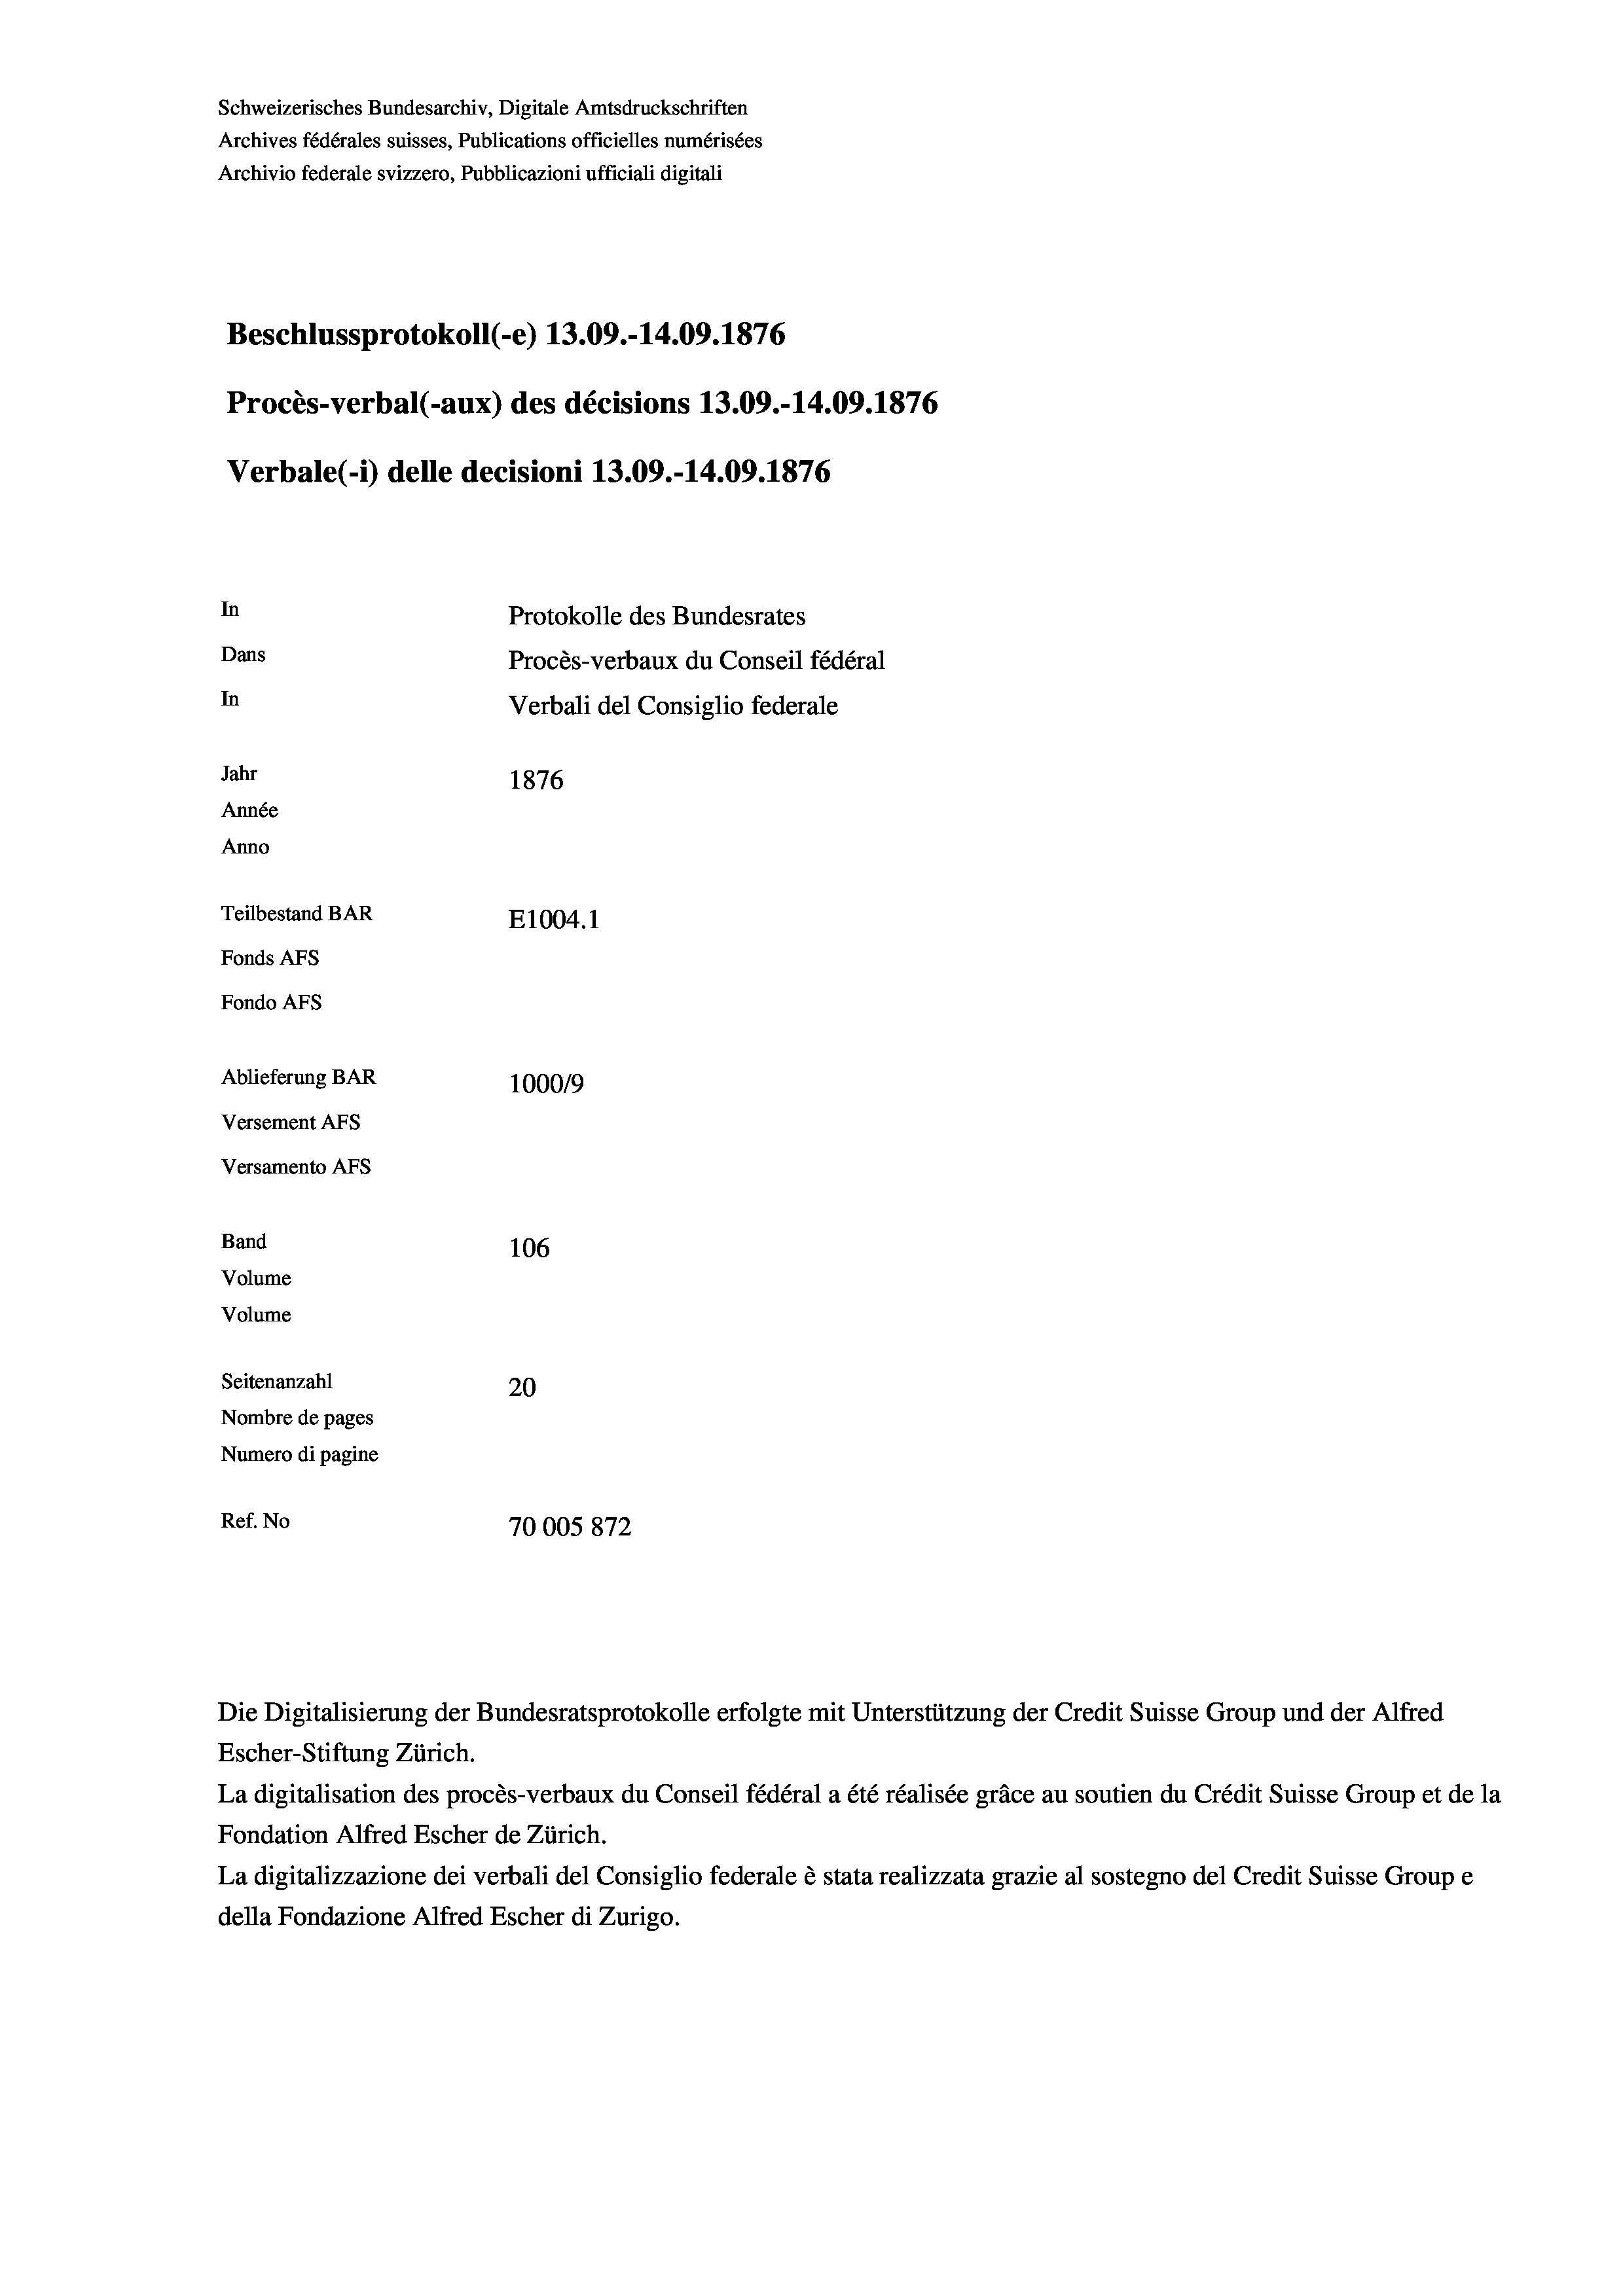
Schweizerisches Bundesarchiv, Digitale Amtsdruckschriften
Archives fédérales suisses, Publications officielles numérisées
Archivio federale svizzero, Pubblicazioni ufficiali digitali
Beschlussprotokoll (-e) 13.09.-14.09. 1876
Procès-verbal (-aux) des décisions 13.09.-14.09. 1876
Verbale (i) delle decisioni 13.09.-14.09. 1876
In
Protokolle des Bundesrates
Dans
Procès-verbaux du Conseil fédéral
In
Verbali del Consiglio federale
Jahr
1876
Année
Anno
Teilbestand BAR
E1004.1
Fonds AFs
Fondo Afs
Ablieferung BAR
100019
Versement AFs
Versamento AFs
Band
106
Volume
Volume
Seitenanzahl
20
Nombre de pages
Numero di pagine
Ref. No
70005872

Die Digitalisierung der Bundesratsprotokolle erfolgte mit Unterstützung der Credit Suisse Group und der Alfred
Escher-Stiftung Zürich.
La digitalisation des procès-verbaux du Conseil fédéral a été réalisée gräce au soutien du Crédit Suisse Group et de la
Fondation Alfred Escher de Zürich.
La digitalizzazione dei verbali del Consiglio federale è stata realizzata grazie al sostegno del Credit Suisse Groupe
della Fondazione Alfred Escher di Zurigo.